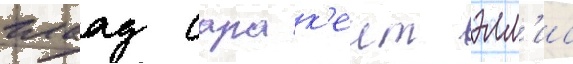
глаад сара к'еит элл'ис